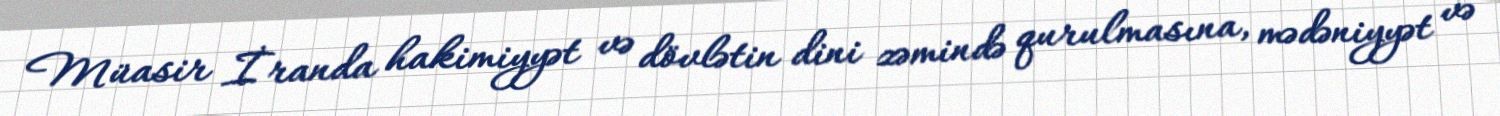
Müasir İranda hakimiyyət və dövlətin dini zəmində qurulmasına, mədəniyyət və